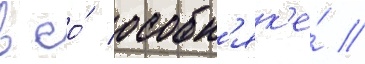
в ео́ особн'як'е́ //